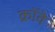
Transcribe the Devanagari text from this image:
क्रॉवे